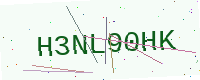
Text: H3NL90HK